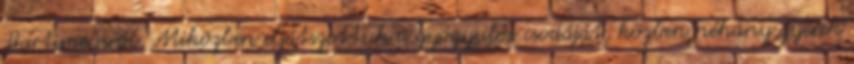
Bartimeusról. Miközben eljátszottuk a gyógyulás csodáját, közben néhány gyerek